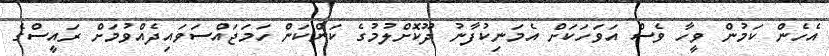
އެހެން ކަމުން ވީހާ ވެސް އަވަހަކަށް އެމަނިކުފާނު ދޫކޮށްލުމުގެ ކަންކަން ހަމަޖައްސަވައިދެއްވުމަށް ރައީސްގެ